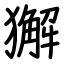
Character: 獬